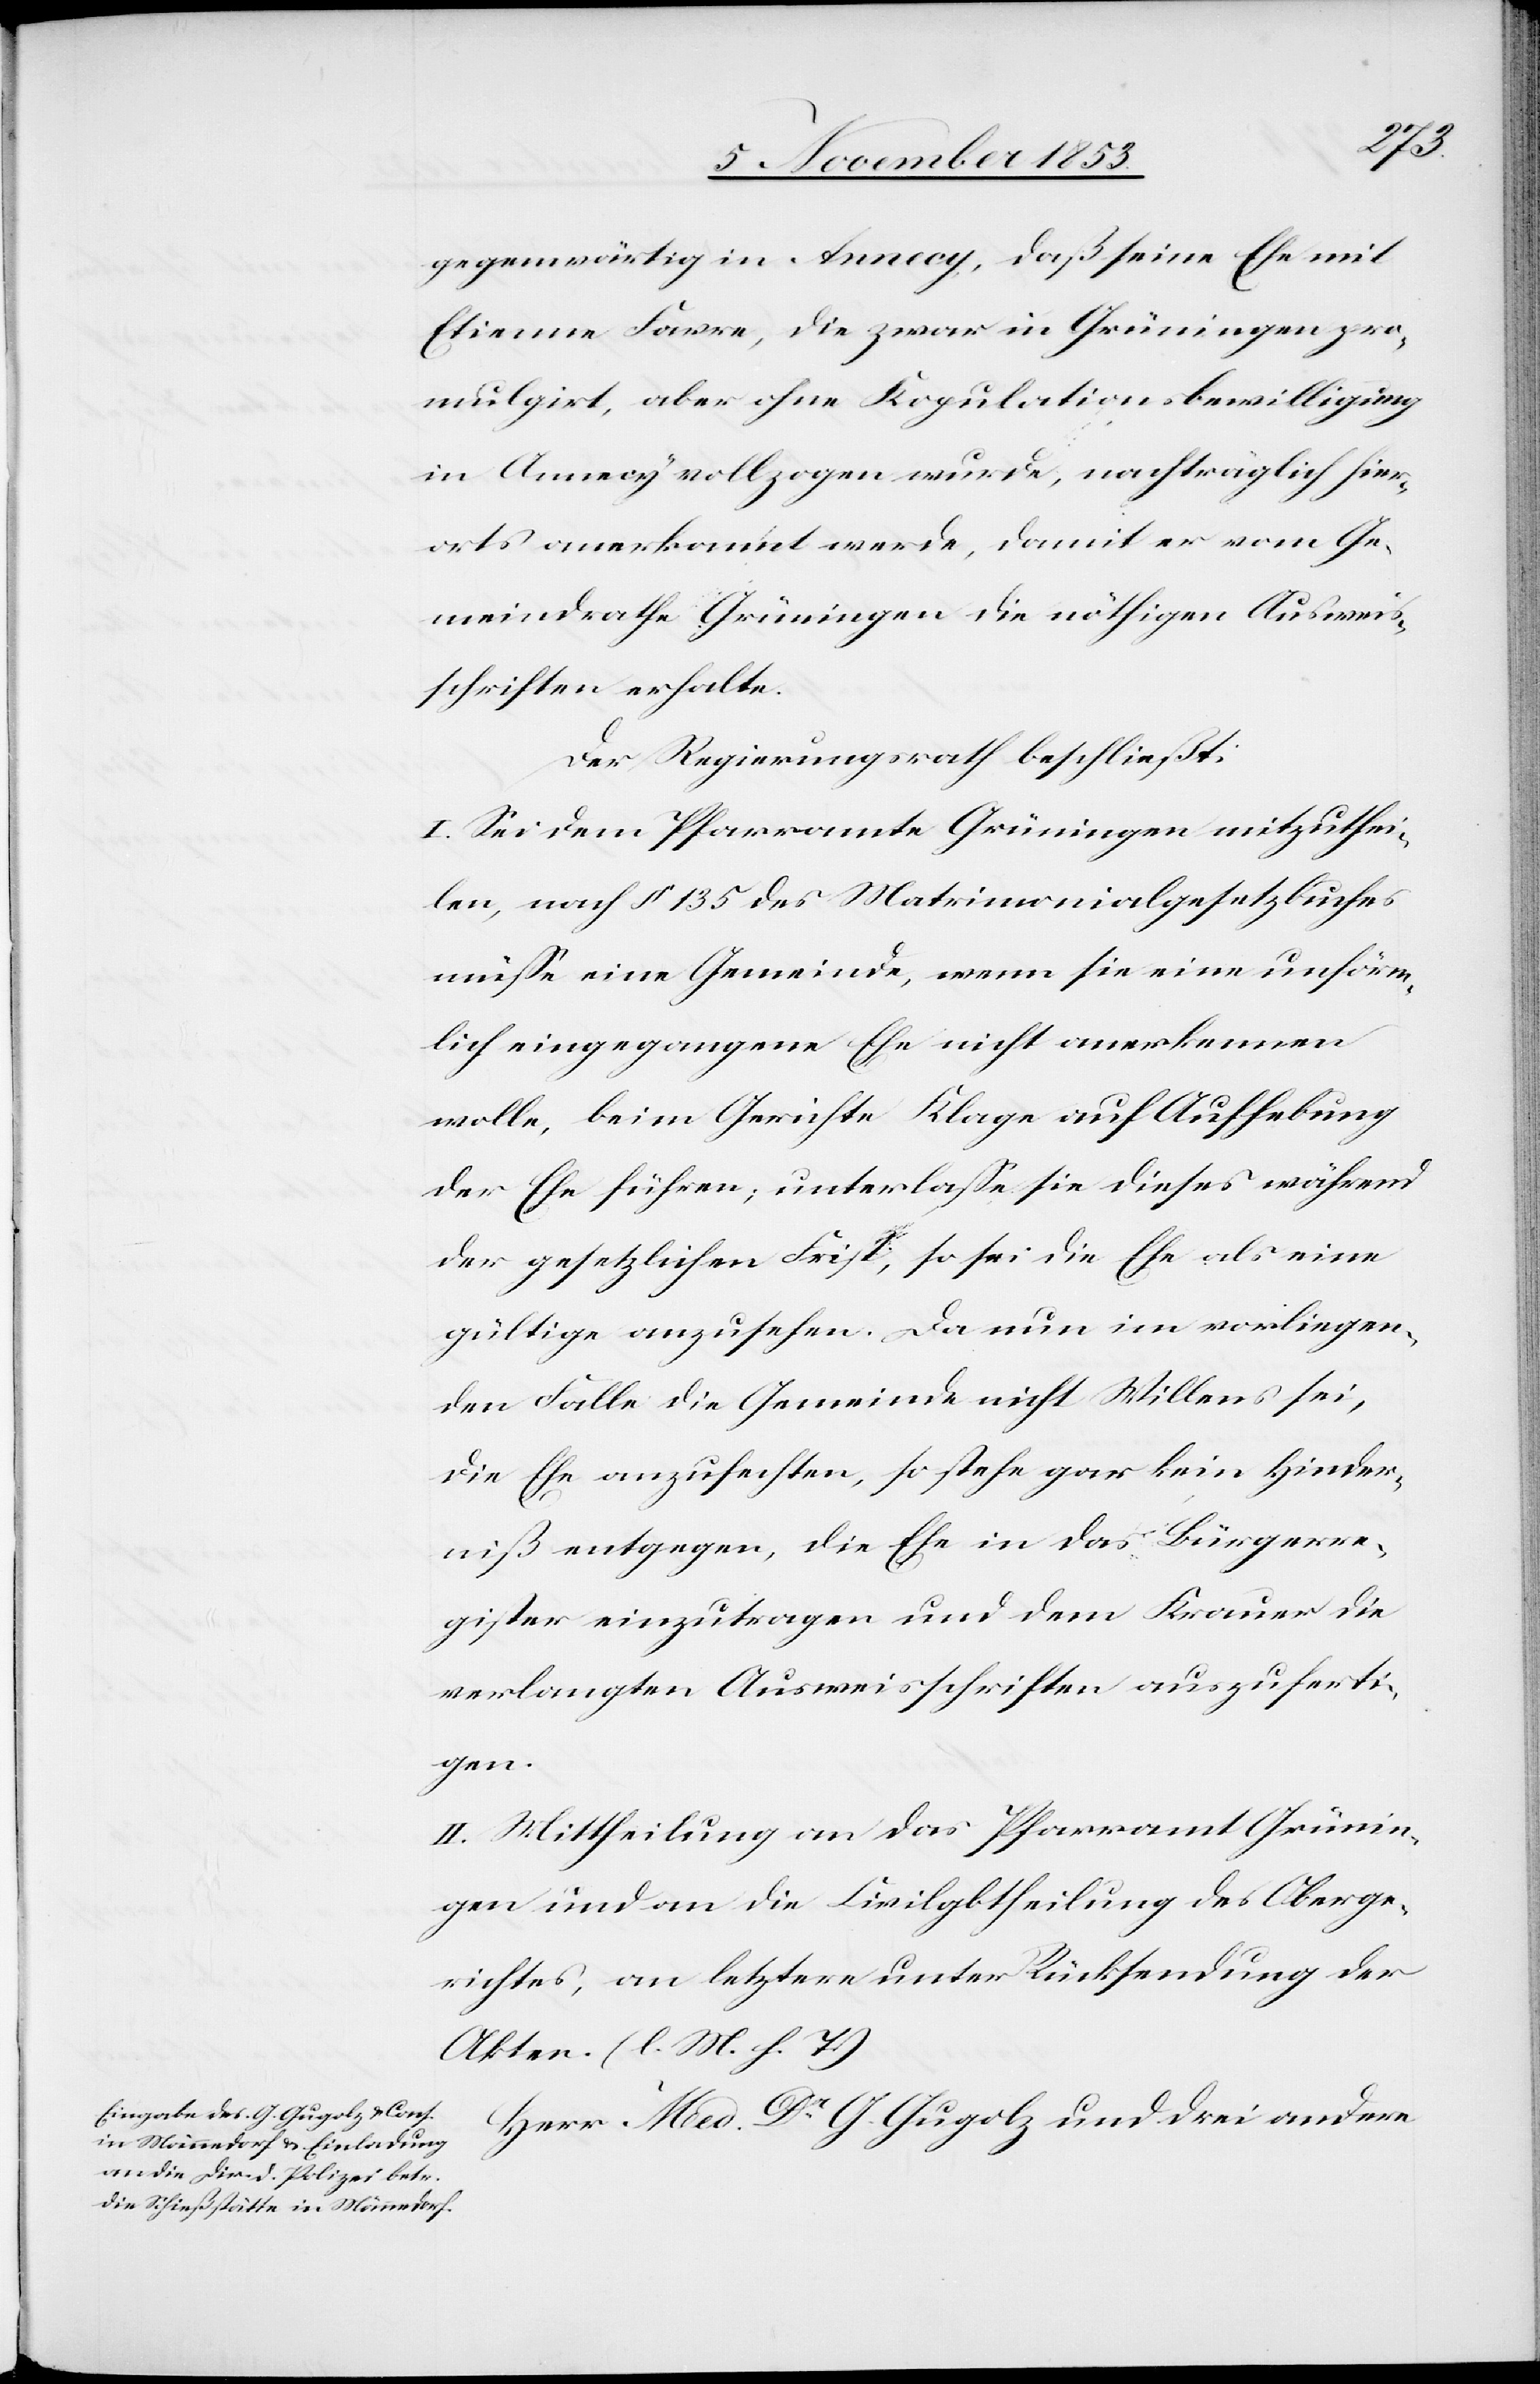
gegenwärtig in Annecy, daß seine Ehe mit
Etienne Favre, die zwar in Grüningen pro¬
mulgirt, aber ohne Kopulationsbewilligung
in Annecy vollzogen wurde, nachträglich hier¬
orts anerkannt werde, damit er vom Ge¬
meindrathe Grüningen die nöthigen Ausweis¬
schriften erhalte.
Der Regierungsrath beschließt:
I. Sei dem Pfarramte Grüningen mitzuthei¬
len, nach § 135 des Matrimonialgesetzbuches
müße eine Gemeinde, wenn sie eine unförm¬
lich eingegangene Ehe nicht anerkennen
wolle, beim Gerichte Klage auf Aufhebung
der Ehe führen; unterlaße sie dieses während
der gesetzlichen Frist, so sei die Ehe als eine
gültige anzusehen. Da nun im vorliegen¬
den Falle die Gemeinden nicht Willens sei,
die Ehe anzufechten, so stehe gar kein Hinder¬
niß entgegen, die Ehe in das Bürgerre¬
gister einzutragen und dem Krauer die
verlangten Ausweisschriften auszuferti¬
gen.
II. Mittheilung an das Pfarramt Grünin¬
gen und an die Civilabtheilung des Oberge¬
richtes, an letztere unter Rücksendung der
Akten. [l. M. h. T]
Herr Med. Dr G. Gugolz und drei andere